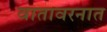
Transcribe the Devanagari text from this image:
वातावरनात